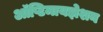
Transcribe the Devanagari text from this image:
ऑप्टिमायझेशन